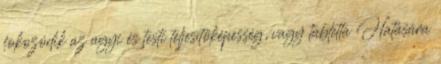
fokozódik az agyi és testi teljesítőképesség, vagy tabletta Hatására